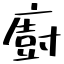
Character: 廚